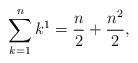
LaTeX: \begin{align*} \sum_{k=1}^{n} k^1 = \frac{n}{2} + \frac{n^2}{2},\end{align*}